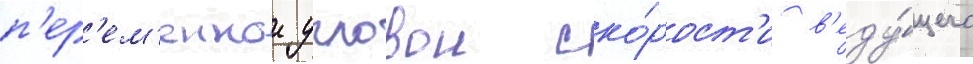
п'ер'ем'еннои угловои ско́рост'и в'еду́щего